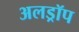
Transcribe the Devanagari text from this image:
अलड्रॉप